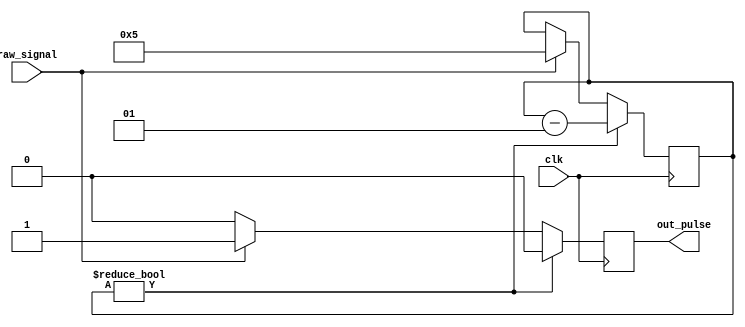
`timescale 1ns / 1ps
//////////////////////////////////////////////////////////////////////////////////
// Company: 
// Engineer: 
// 
// Design Name: 
// Module Name: listen
// Project Name: 
// Target Devices: 
// Tool Versions: 
// Description: 
// 
// Dependencies: 
// 
// Revision:
// Revision 0.01 - File Created
// Additional Comments:
// 
//////////////////////////////////////////////////////////////////////////////////


module listen(
    input clk,
    input raw_signal,
    output wire out_pulse
    );
    
    integer dead_time;
    reg pulse;
    
    always @ (posedge clk)
    begin
        if (dead_time != 0)
        begin
            pulse <= 0;
            dead_time <= dead_time - 1;
        end
        else if (raw_signal)
        begin
            pulse <= 1;
            dead_time <= 5;
        end
        else
        begin
            pulse <= 0;
            dead_time <= dead_time;
        end            
    end
    
    initial
    begin
        pulse = 0;
        dead_time = 0;
    end
    
    assign out_pulse = pulse;
    
endmodule